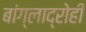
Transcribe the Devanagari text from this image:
बांग्लाद्रोही